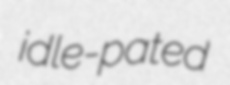
idle-pated